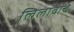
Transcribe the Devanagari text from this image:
लिलावाचे